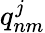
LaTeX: q_{nm}^{j}